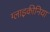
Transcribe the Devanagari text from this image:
ग्लाइकीनिया